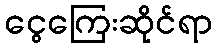
ငွေကြေးဆိုင်ရာ